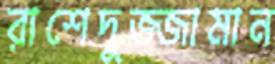
রাশেদুজ্জামান